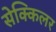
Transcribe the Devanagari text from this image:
सेक्किलर